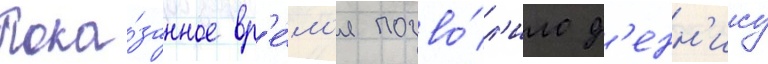
Пока́занное вр'е́м'я позво́л'ило д'енн'ису